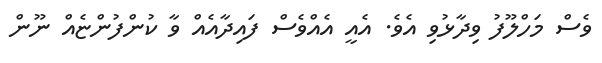
ވެސް މަހްލޫފު ވިދާޅުވި އެވެ. އެއީ އެއްވެސް ފައިދާއެއް ވާ ކުންފުންޏެއް ނޫން